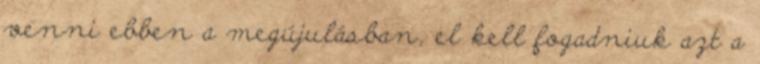
venni ebben a megújulásban, el kell fogadniuk azt a